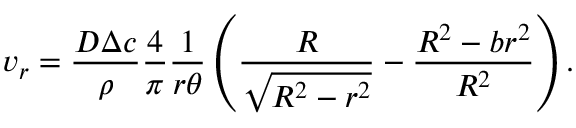
v _ { r } = \frac { D \Delta c } { \rho } \frac { 4 } { \pi } \frac { 1 } { r \theta } \left( \frac { R } { \sqrt { R ^ { 2 } - r ^ { 2 } } } - \frac { R ^ { 2 } - b r ^ { 2 } } { R ^ { 2 } } \right) .